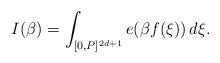
LaTeX: \begin{align*} I(\beta)=\int_{[0,P]^{2d+1}}e(\beta f({\bf \xi}))\,d{\bf \xi}.\end{align*}